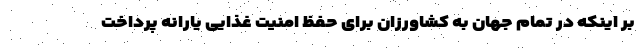
بر اینکه در تمام جهان به کشاورزان برای حفظ امنیت غذایی یارانه پرداخت